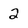
Character: 2